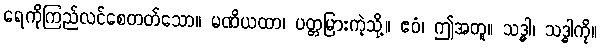
ရေကိုကြည်လင်စေတတ်သော။ မဏိယထာ၊ ပတ္တမြားကဲ့သို့။ ဧဝံ၊ ဤအတူ။ သဒ္ဓါ၊ သဒ္ဓါကို။